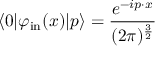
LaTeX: \langle 0 | \varphi _ { \mathrm { i n } } ( x ) | p \rangle = { \frac { e ^ { - i p \cdot x } } { ( 2 \pi ) ^ { \frac { 3 } { 2 } } } }